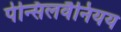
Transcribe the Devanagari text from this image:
पेन्सिलवैनियय